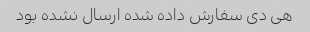
هی دی سفارش داده شده ارسال نشده بود